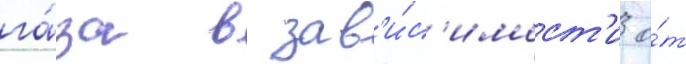
га́за в зав'и́с'имост'и о́т